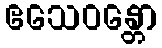
ဧသေဝန္တော